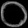
Digit: ၀